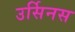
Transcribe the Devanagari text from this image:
उर्सिनस